Punjab Mental Hospital Lahore 1932-46 - 1932-1946
Year: 1932
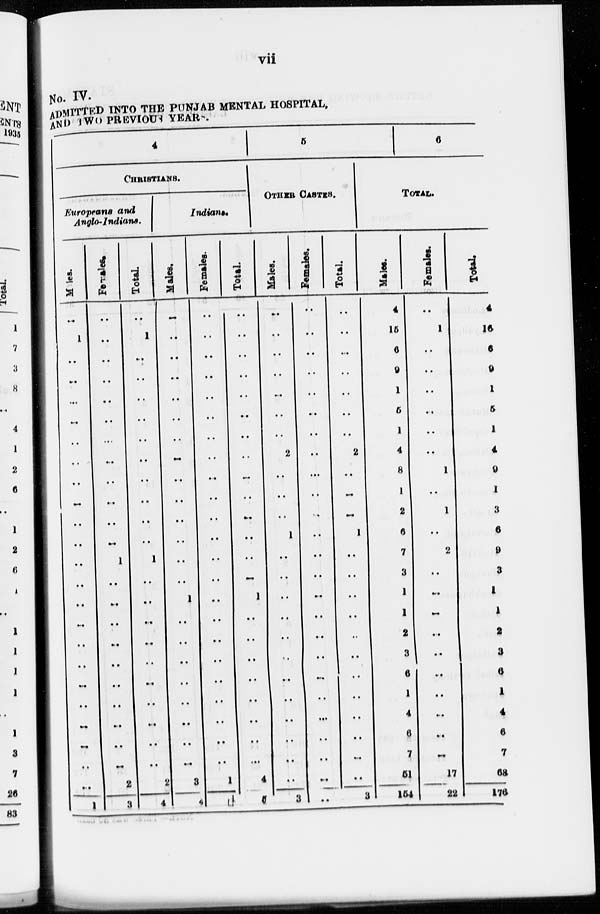
vii
No. IV.
ADMITTED INTO THE PUNJAB MENTAL HOSPITAL,
AND TWO PREVIOUS YEARS.
4
CHRISTIANS.
Europeans and
Anglo-Indians.
Males.
..
1
..
..
..
..
..
..
..
..
..
..
..
..
..
..
..
..
..
..
..
..
..
..
1
Females.
..
..
..
..
..
..
..
..
..
..
..
..
1
..
..
..
..
..
..
..
..
..
..
2
3
Total.
..
1
..
..
..
..
..
..
..
..
..
..
1
..
..
..
..
..
..
..
..
..
..
2
4
Indians.
Males.
..
..
..
..
..
..
..
..
..
..
..
..
..
..
1
..
..
..
..
..
..
..
..
3
4
Females.
..
..
..
..
..
..
..
..
..
..
..
..
..
..
..
..
..
..
..
..
..
..
..
1
1
Total.
..
..
..
..
..
..
..
..
..
..
..
..
..
..
1
..
..
..
..
..
..
..
..
4
9
5
OTHER CASTES.
Males.
..
..
..
..
..
..
..
2
..
..
..
1
..
..
..
..
..
..
..
..
..
..
..
..
3
Females.
..
..
..
..
..
..
..
..
..
..
..
..
..
..
..
..
..
..
..
..
..
..
..
..
..
Total.
..
..
..
..
..
..
..
2
..
..
..
1
..
..
..
..
..
..
..
..
..
..
..
..
3
6
TOTAL.
Males.
4
15
6
9
1
5
1
4
8
1
2
6
7
3
1
1
2
3
6
1
4
6
7
51
154
Females.
..
1
..
..
..
..
..
..
1
..
1
..
2
..
..
..
..
..
..
..
..
..
..
17
22
Total.
4
16
6
9
1
5
1
4
9
1
3
6
9
3
1
1
2
3
6
1
4
6
7
68
176